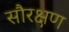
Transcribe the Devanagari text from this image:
सौरक्षण